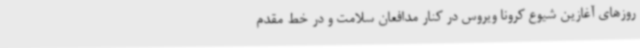
روزهای آغازین شیوع کرونا ویروس در کنار مدافعان سلامت و در خط مقدم